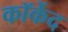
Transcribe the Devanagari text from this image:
कॉर्केद